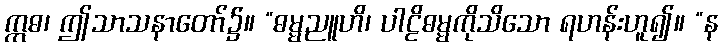
ဣဓ၊ ဤသာသနာတော်၌။ “ဓမ္မညူဟိ၊ ပါဠိဓမ္မကိုသိသော ရဟန်းဟူ၍။ “န